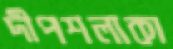
দীপশলাকা